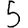
Digit: 5